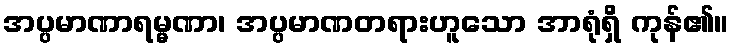
အပ္ပမာဏာရမ္မဏာ၊ အပ္ပမာဏတရားဟူသော အာရုံရှိ ကုန်၏။